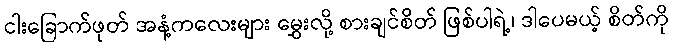
ငါးခြောက်ဖုတ် အနံ့ကလေးများ မွှေးလို့ စားချင်စိတ် ဖြစ်ပါရဲ့၊ ဒါပေမယ့် စိတ်ကို